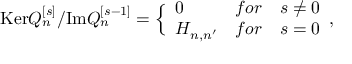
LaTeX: \mathrm { K e r } Q _ { n } ^ { [ s ] } / \mathrm { I m } Q _ { n } ^ { [ s - 1 ] } = \Bigl \lbrace \begin{array} { l l l } { { 0 } } & { { f o r } } & { { s \not = 0 } } \\ { { { \cal H } _ { n , n ^ { \prime } } } } & { { f o r } } & { { s = 0 } } \end{array} ,